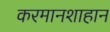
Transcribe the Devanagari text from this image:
करमानशाहान